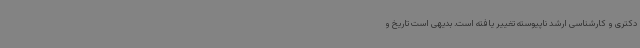
دکتری و کارشناسی ارشد ناپیوسته تغییر یافته است. بدیهی است تاریخ و